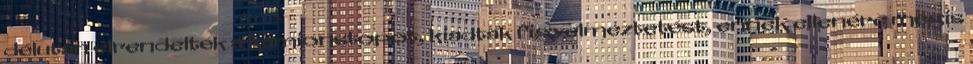
délután elrendelték a kamionstopot, kiadtak figyelmeztetést, ennek ellenére mégis